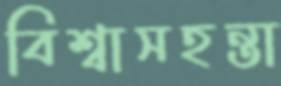
বিশ্বাসহন্তা